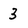
Character: 3